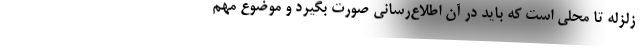
زلزله تا محلی است که باید در آن اطلاع‌رسانی صورت بگیرد و موضوع مهم